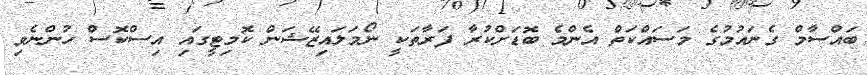
ބައްސާމް ގެނައުމުގެ މަސައްކަތް އެންމެ ބޮޑަށްކުރާ ފަރާތަކީ ނޯމަލައިޒޭޝަން ކޮމިޓީގައި އިސްކޮސް ހުންނެވި